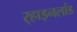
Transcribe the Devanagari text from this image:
र्‍हाइनलांड